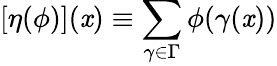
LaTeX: [\eta({\phi})](\mathit{x})\equiv\sum_{\gamma\in\Gamma}\phi(\gamma(\mathit{x}))